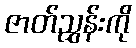
ဇာတ်ညွှန်းကို